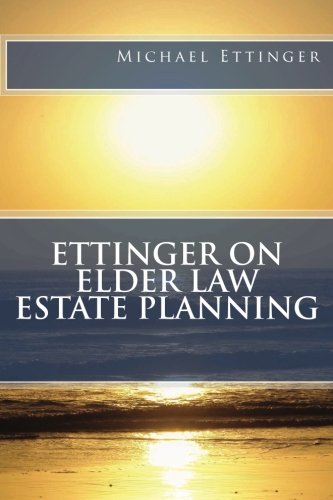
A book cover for Ettinger on Elder Law Estate Planning; Michael Ettinger Esq.; Law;